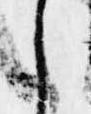
之